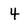
Character: 4